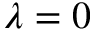
\lambda = 0